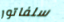
سلفاتور